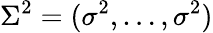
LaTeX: \Sigma^{2}=(\sigma^{2},\ldots,\sigma^{2})